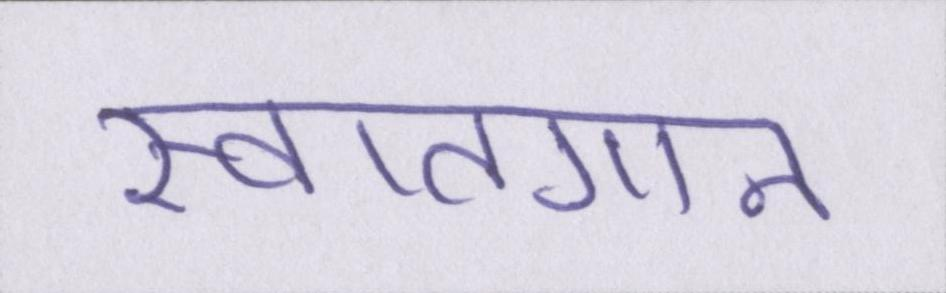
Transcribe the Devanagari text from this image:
स्वातगान